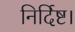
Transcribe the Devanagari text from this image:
निर्दिष्ट।